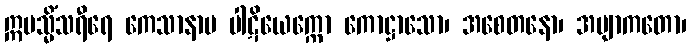
ဣမသ္မိံသရီရေ ကေသာနာမ ပါဋိယေက္ကော ကောဋ္ဌာသော၊ အစေတနော၊ အဗျာကတော၊